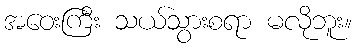
အဝေးကြီး သယ်သွားစရာ မလိုဘူး။